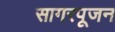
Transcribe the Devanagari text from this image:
सागरपूजन